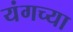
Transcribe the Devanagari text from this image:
यंगच्या